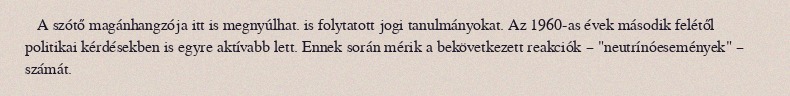
A szótő magánhangzója itt is megnyúlhat. is folytatott jogi tanulmányokat. Az 1960-as évek második felétől politikai kérdésekben is egyre aktívabb lett. Ennek során mérik a bekövetkezett reakciók – "neutrínóesemények" – számát.